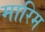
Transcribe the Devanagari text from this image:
मारिम